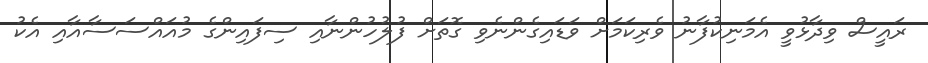
ރައީސް ވިދާޅުވީ އެމަނިކުފާނު ވެރިކަމަށް ވަޑައިގެންނެވި ގޮތަށް ފުލުހުންނާއި ސިފައިންގެ މުއައްސަސާއާއި އެކު